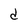
Character: d